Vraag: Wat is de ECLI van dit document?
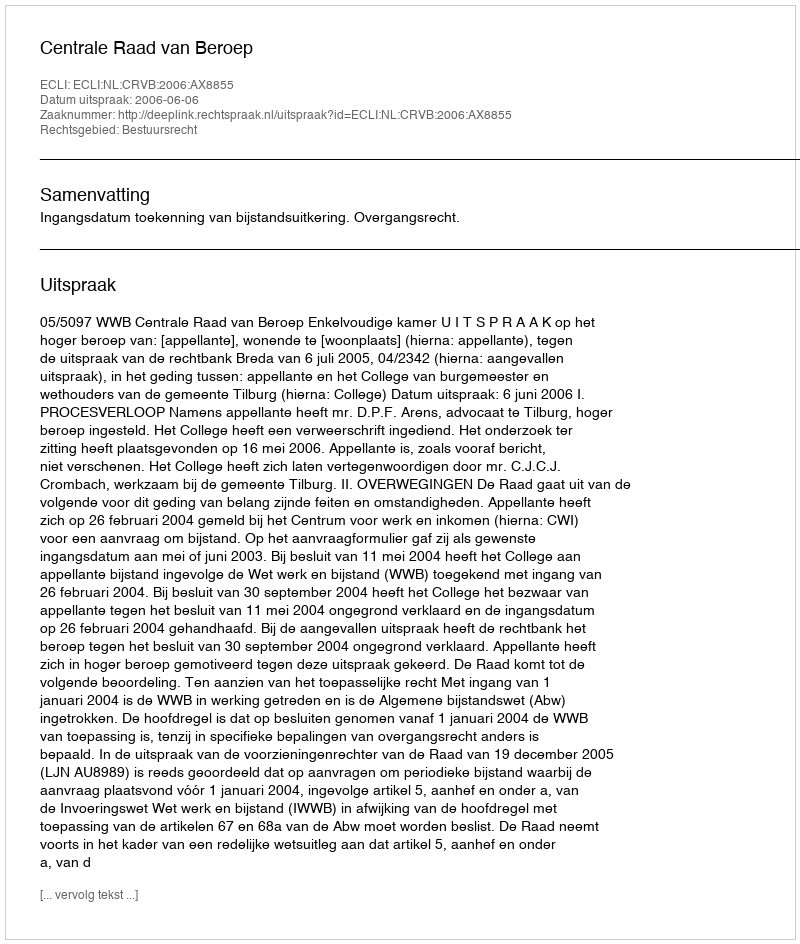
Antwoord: ECLI:NL:CRVB:2006:AX8855